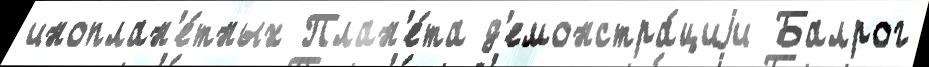
иноплан'е́тных План'е́та д'емонстра́циjи Балрог